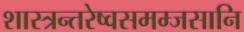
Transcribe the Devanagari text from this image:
शास्त्रन्तरेष्वसमम्जसानि